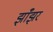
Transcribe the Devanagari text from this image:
झाँझर